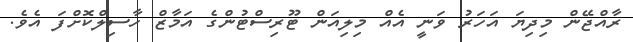
ރާއްޖޭން މިދިޔަ އަހަރު ވަނީ އެއް މިލިއަން ޓޫރިސްޓުންގެ އަމާޒް ހާސިލްކޮށްފަ އެވެ.